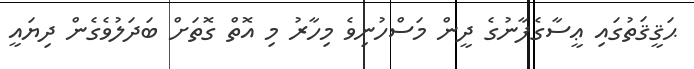
ޙަޤީޤަތުގައި ޢީސާގެފާނުގެ ދީން މަސްހުނިވެ މިހާރު މި އޮތް ގޮތަށް ބަދަލުވެގެން ދިޔައީ